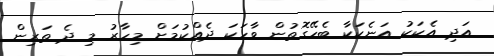
އަދި އެކަކު އަނެކަކާ ބެހޭގޮތުން ވާހަކަ ދެއްކުމަށް މިހާރު މި ދެ ތަރިން